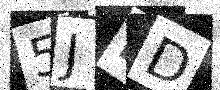
Text: 5JRD